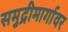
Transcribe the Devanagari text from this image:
समुद्रीमार्गावर